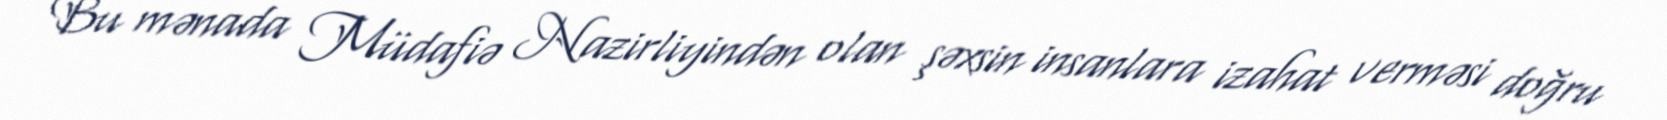
Bu mənada Müdafiə Nazirliyindən olan şəxsin insanlara izahat verməsi doğru